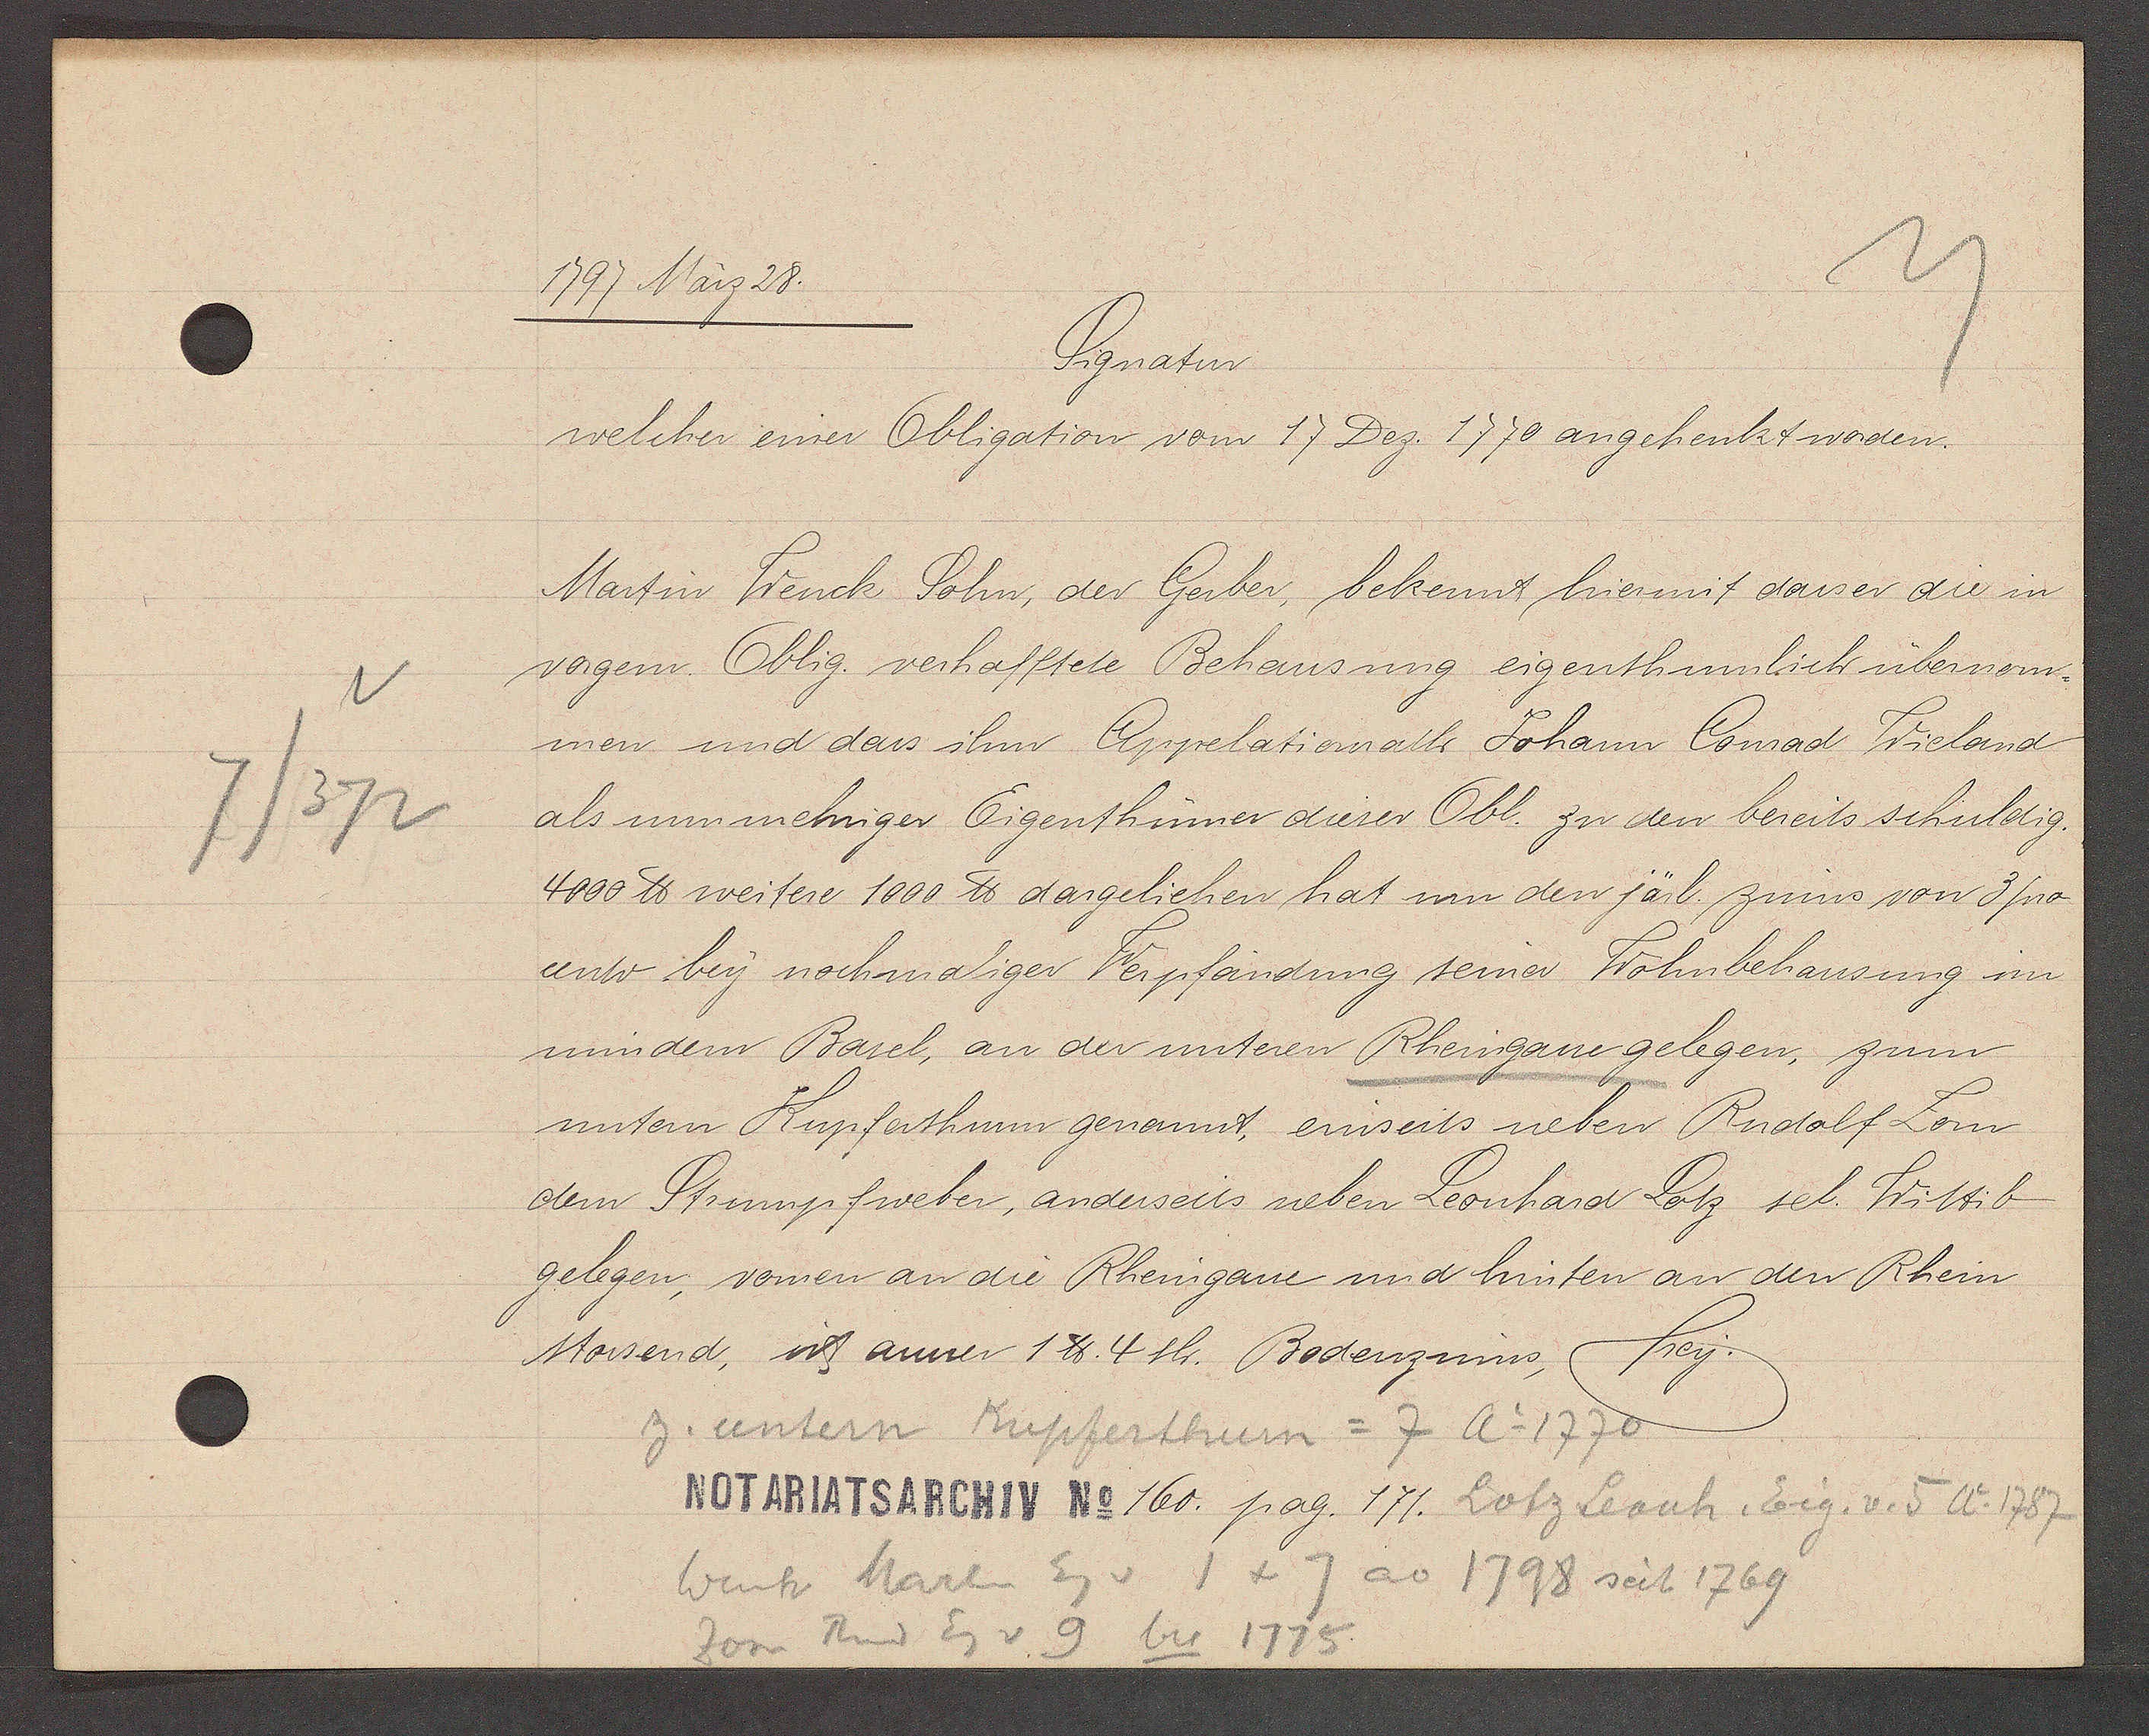
Transcript:
v
7/372

1797 März 28.

Signatur
welcher einer Obligation vom 17 Dez 1770 angehenkt worden.
Martin Wenck Sohn, der Gerber, bekent hiermit dasser die in
vorgem. Oblig. verhafftete Behausung eigenthumlich übernen¬
men und dass ihm Appelationnath Johann Conrad Wieland
als nunmehriger Eigenthümer dieser Obl. zu den bereits schuldig.
4000 ℔ weitere 1000 ℔ dargeliehen hat inn den järl. zinns von 3 pro
cento bey nochmaliger Verpfändung seiner Wohnbehausung inn
mindem Basel, an der unteren Rheingasse gelegen, zum
untern Kupferthurn genannt, einseits neben Rudolf Lom
dem Strumpfweber, anderseits neben Leonhard Lotz sel. Wittib
gelegen, vormen an die Rheingasse und hinten an den Rhein
stossend, ist ausser 1 ℔ 4 sh. Bodenzinns, frey.

z. untern Kupferthurn = 7 Ao 1770

Notariatsarchiv No 160. pag. 171. Lotz Leonh. Eig. v. 5 Ao 1787

Wenh Martin Eg v 1+7 ao 1798 seit 1769
Lom Rud Eg v 9 bis 1775